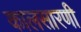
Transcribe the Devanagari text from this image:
कालसारणी